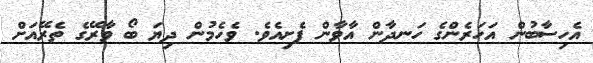
އެހިސާބުން އަހަރެންގެ ހަނދާން އާވާން ފެށިއެވެ. ވެހެމުން ދިޔަ ބޯ ވާރޭގެ ތެރޭއަށް